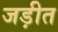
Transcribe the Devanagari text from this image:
जड़ीत